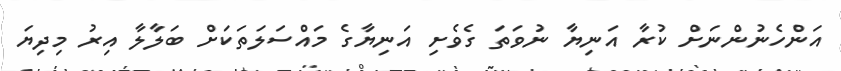
އަންހެނުންނަށް ކުރާ އަނިޔާ ނުވަތަ ގެވެށި އަނިޔާގެ މައްސަލަތަކަށް ބަލާލާ އިރު މިދިޔަ